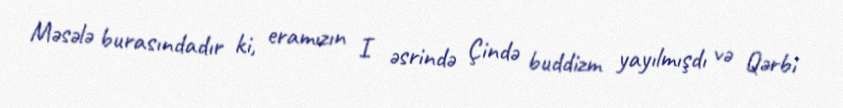
Məsələ burasındadır ki, eramızın I əsrində Çində buddizm yayılmışdı və Qərbi